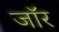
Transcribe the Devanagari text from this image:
जॉर